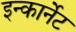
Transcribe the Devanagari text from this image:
इन्कार्नेट